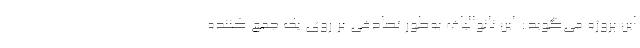
این پروژه می‌گوید: این نانوالیاف به‌طور تصادفی بر روی یک جمع کننده